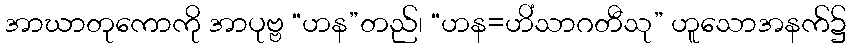
အာဃာတုကောကို အာပုဗ္ဗ “ဟန”တည်၊ “ဟန=ဟိံသာဂတီသု” ဟူသောအနက်၌